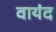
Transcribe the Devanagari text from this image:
वायंद